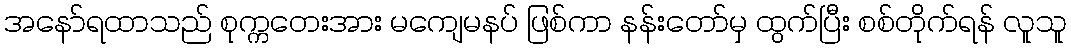
အနော်ရထာသည် စုက္ကတေးအား မကျေမနပ် ဖြစ်ကာ နန်းတော်မှ ထွက်ပြီး စစ်တိုက်ရန် လူသူ